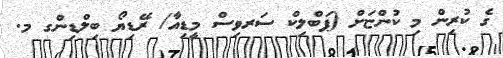
ގެ ކުރިން މި ކުންޏަށް (ޕަބްލިކް ސަރވިސް މީޑިއާ/ ރޭޑިޔޯ ބިލްޑިންގ މ.